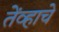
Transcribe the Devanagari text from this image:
तेंव्हाचे